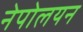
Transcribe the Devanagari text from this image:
नेपोलयन